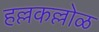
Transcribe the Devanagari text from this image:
हल्लकल्लोळ